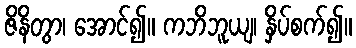
ဇိနိတွာ၊ အောင်၍။ ကဘိဘူယျ၊ နှိပ်စက်၍။